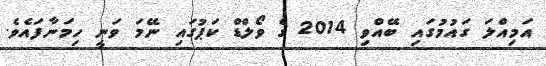
އަމިއްލަ ގައުމުގައި ބޭއްވި 2014 ގެ ވޯލްޑް ކަޕުގައި ނޭމަ ވަނީ ހިމަނާފައެވެ.